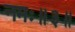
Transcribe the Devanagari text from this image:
नमः॥३॥